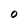
Character: O